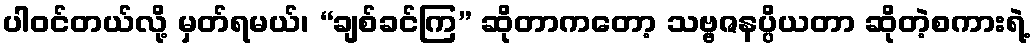
ပါဝင်တယ်လို့ မှတ်ရမယ်၊ “ချစ်ခင်ကြ” ဆိုတာကတော့ သဗ္ဗဇနပ္ပိယတာ ဆိုတဲ့စကားရဲ့